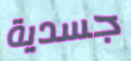
جسدية